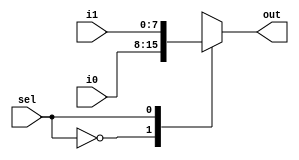
`timescale 1ns / 1ps
//////////////////////////////////////////////////////////////////////////////////
// 
// Design Name: 2 to 1 8 bit mux
// Module Name: mux_2_18bit
// Project Name: project 2
// Target Devices: FPGA board
// Description: select the two 8 bit numbers 
// 
// Dependencies: i0,i1,sel
// 
//////////////////////////////////////////////////////////////////////////////////


module mux_2_1_8bit(i0,i1,sel,out);
input [7:0] i0,i1;
input sel;
output [7:0] out;
reg [7:0] out;

always @(i0,i1,sel)
  case (sel)
    1'b0:out=i0;
    1'b1:out=i1;
    default:out=8'b0;
  endcase
endmodule